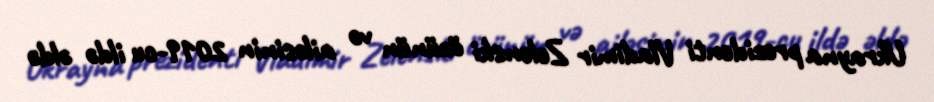
Ukrayna prezidenti Vladimir Zelenski özünün və ailəsinin 2019-cu ildə əldə